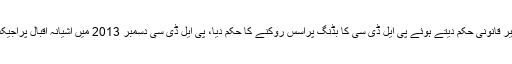
شہباز شریف نے غیر قانونی حکم دیتے ہوئے پی ایل ڈی سی کا بڈنگ پراسس روکنے کا حکم دیا، پی ایل ڈی سی دسمبر 2013 میں آشیانہ اقبال پراجیکٹ کو چلا رہی تھی۔